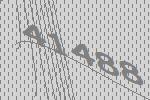
41488